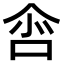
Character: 𠲒